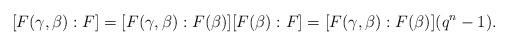
LaTeX: \begin{align*} [F(\gamma,\beta):F]=[F(\gamma,\beta):F(\beta)][F(\beta):F]=[F(\gamma,\beta):F(\beta)](q^n-1).\ \end{align*}